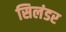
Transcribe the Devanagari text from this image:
सिलंडर